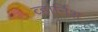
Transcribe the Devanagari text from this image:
व्हार्निश